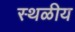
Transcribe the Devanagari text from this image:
स्थळीय